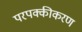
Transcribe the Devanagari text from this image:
परपक्कीकरण